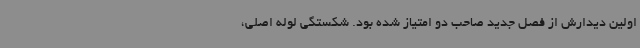
اولین دیدارش از فصل جدید صاحب دو امتیاز شده بود. شکستگی لوله اصلی،